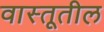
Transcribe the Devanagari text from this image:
वास्तूतील